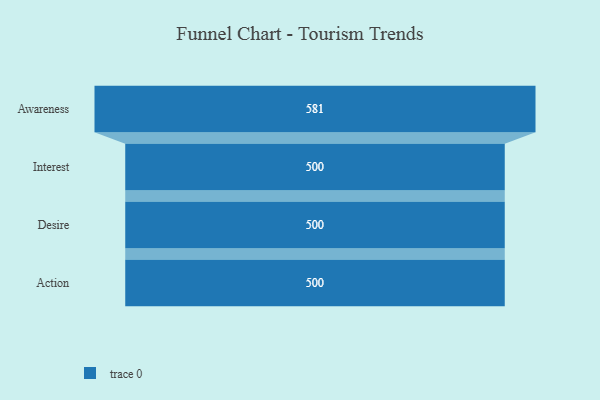
{"axis": {"x": "Stage", "y": "Value"}, "legend": [""], "data": [{"x": "Awareness", "y": 581.0, "type": ""}, {"x": "Interest", "y": 500, "type": ""}, {"x": "Desire", "y": 500, "type": ""}, {"x": "Action", "y": 500, "type": ""}]}